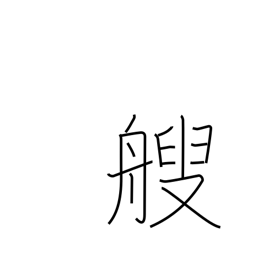
Meaning: counter for small boats